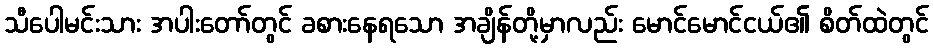
သီပေါမင်းသား အပါးတော်တွင် ခစားနေရသော အချိန်တို့မှာလည်း မောင်မောင်ငယ်၏ စိတ်ထဲတွင်